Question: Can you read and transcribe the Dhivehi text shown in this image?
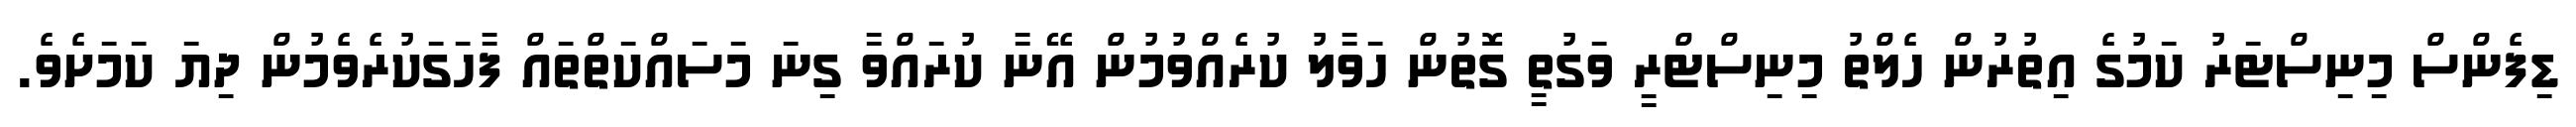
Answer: ޑިފެންސް މިނިސްޓަރު ކަމުގެ އިތުރުން ހެލްތު މިނިސްޓްރީ ވަގުތީ ގޮތުން ހަވާލު ކުރެއްވުމުން އޭނާ ކުރައްވާ ގިނަ މަސައްކަތްތައް ފާހަގަކުރެވެމުން ދިޔަ ކަމަށެވެ.